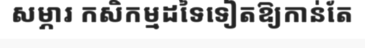
សម្ភារ កសិកម្មដទៃទៀតឱ្យកាន់តែ